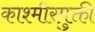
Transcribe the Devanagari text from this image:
काश्मीरमुक्ती